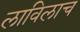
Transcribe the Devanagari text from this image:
लाविलाच